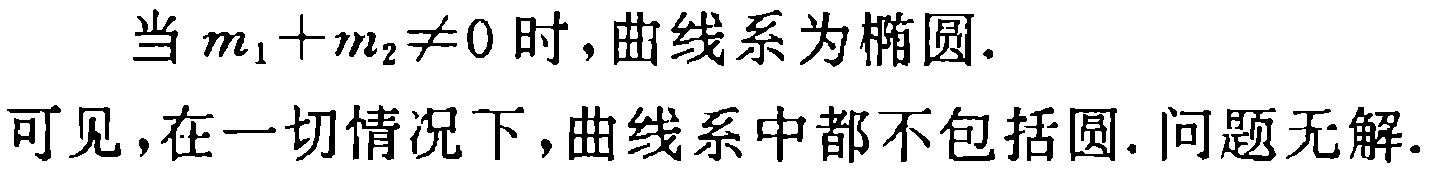
当 \(m_{1}+m_{2}\neq0\) 时,曲线系为椭圆.
可见,在一切情况下,曲线系中都不包括圆. 问题无解.